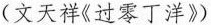
(文天祥《过零丁洋》)